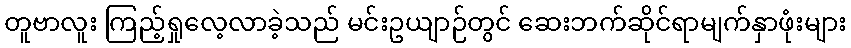
တူဗာလူး ကြည့်ရှုလေ့လာခဲ့သည် မင်းဥယျာဉ်တွင် ဆေးဘက်ဆိုင်ရာမျက်နှာဖုံးများ